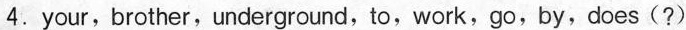
4.your,brother,underground,to,work,go,by,does(?)